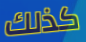
كذلك